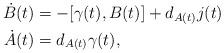
LaTeX: \begin{align*}\dot{B}(t) & = - [\gamma(t),B(t)] + d_{A(t)} j(t)\\\dot{A}(t) & = d_{A(t)}\gamma(t),\end{align*}